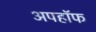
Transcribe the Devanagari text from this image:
अपहॉफ